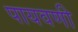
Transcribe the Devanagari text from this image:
पायवणी